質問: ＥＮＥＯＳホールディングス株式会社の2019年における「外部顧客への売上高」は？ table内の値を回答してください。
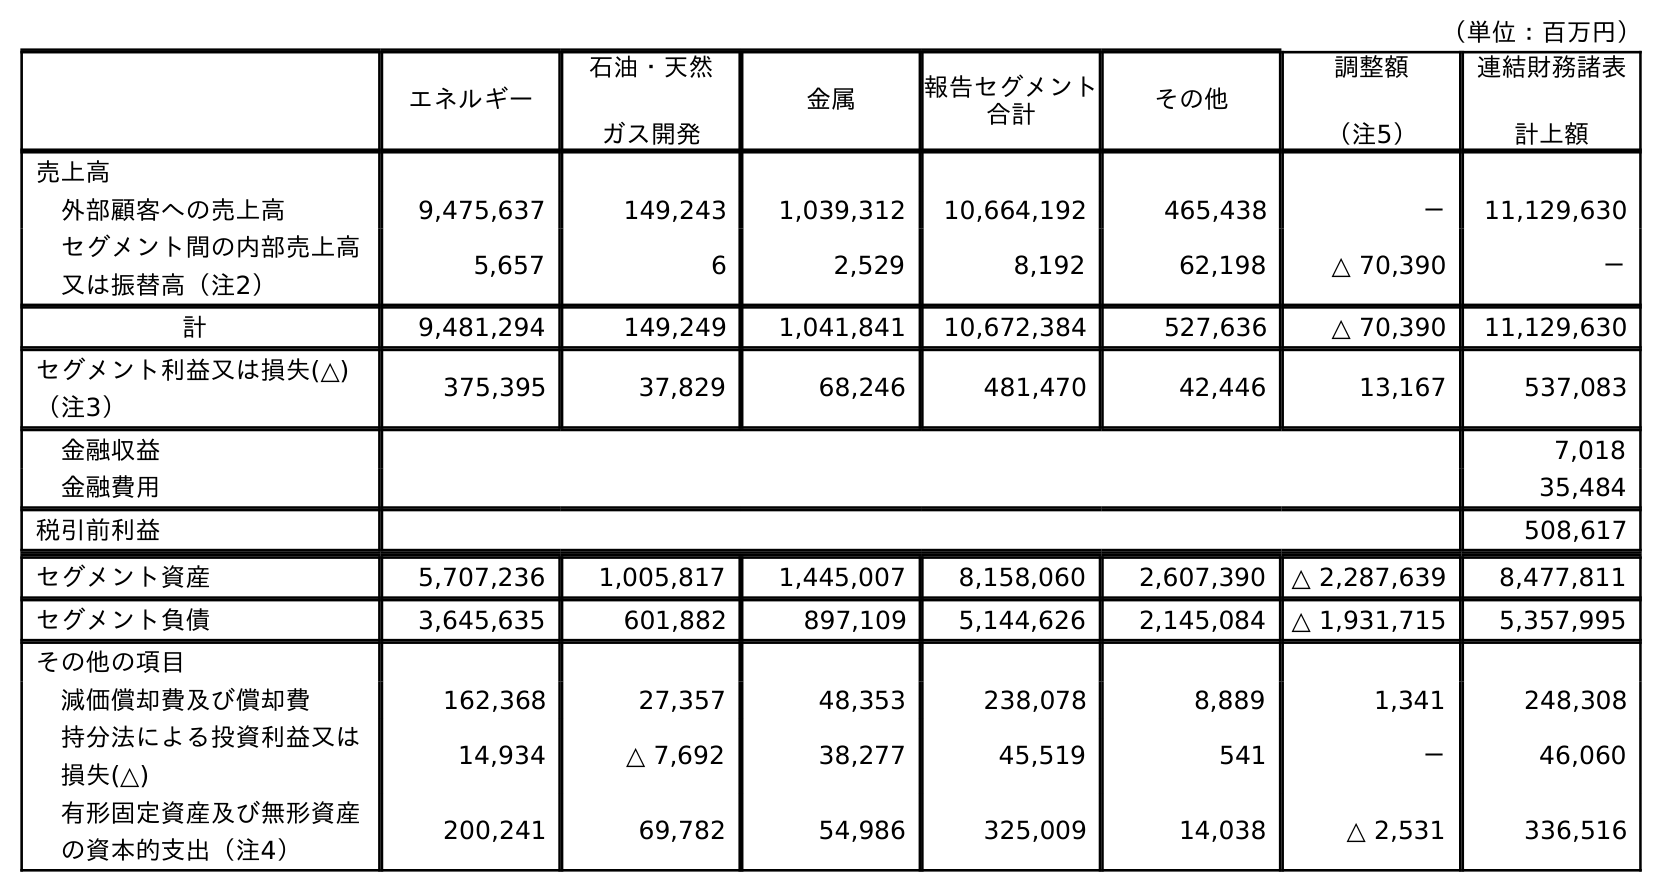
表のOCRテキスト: （単位：百万円） エネルギー 石油・天然 ガス開発 金属 報告セグメント 合計 その他 調整額 （注5） 連結財務諸表 計上額 売上高 外部顧客への売上高 9,475,637 149,243 1,039,312 10,664,192 465,438 － 11,129,630 セグメント間の内部売上高 又は振替高（注2） 5,657 6 2,529 8,192 62,198 △ 70,390 － 計 9,481,294 149,249 1,041,841 10,672,384 527,636 △ 70,390 11,129,630 セグメント利益又は損失(△) （注3） 375,395 37,829 68,246 481,470 42,446 13,167 537,083 金融収益 7,018 金融費用 35,484 税引前利益 508,617 セグメント資産 5,707,236 1,005,817 1,445,007 8,158,060 2,607,390 △ 2,287,639 8,477,811 セグメント負債 3,645,635 601,882 897,109 5,144,626 2,145,084 △ 1,931,715 5,357,995 その他の項目 減価償却費及び償却費 162,368 27,357 48,353 238,078 8,889 1,341 248,308 持分法による投資利益又は 損失(△) 14,934 △ 7,692 38,277 45,519 541 － 46,060 有形固定資産及び無形資産 の資本的支出（注4） 200,241 69,782 54,986 325,009 14,038 △ 2,531 336,516
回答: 11,129,630